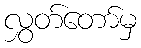
လွှတ်တော်မှ